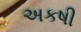
અકષી